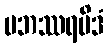
ပဘဿရမိဒံ